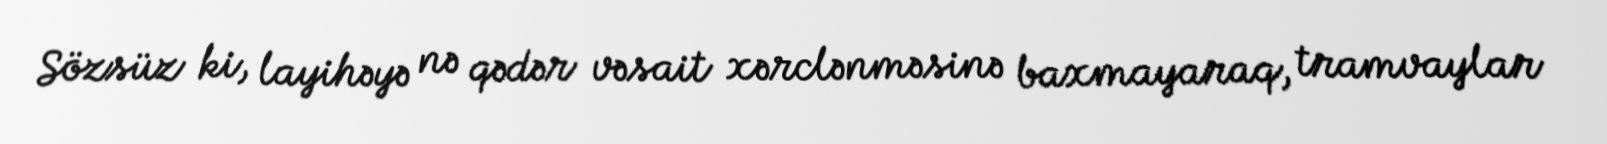
Sözsüz ki, layihəyə nə qədər vəsait xərclənməsinə baxmayaraq, tramvaylar